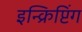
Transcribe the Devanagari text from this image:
इन्क्रिप्टिंग